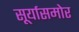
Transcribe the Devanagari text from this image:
सूर्यासमोर